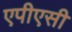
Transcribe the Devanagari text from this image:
एपीएसी